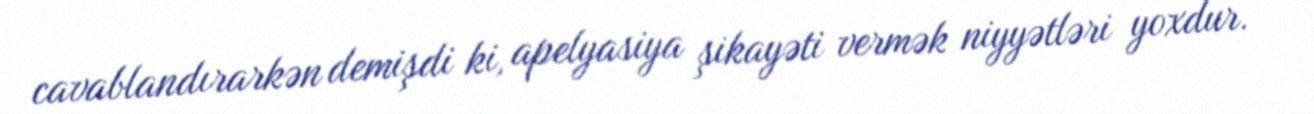
cavablandırarkən demişdi ki, apelyasiya şikayəti vermək niyyətləri yoxdur.